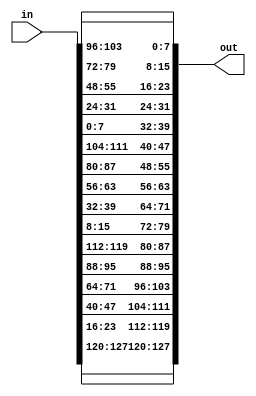
module invShiftRows(in,out);

input [127:0] in;
output [127:0] out;

assign   out[127:120] = in[127:120];  
assign   out[119:112] = in[23:16];
assign   out[111:104] = in[47:40];
assign   out[103:96] = in[71:64];
   
assign   out[95:88] = in[95:88];
assign   out[87:80] = in[119:112];
assign   out[79:72] = in[15:8];
assign   out[71:64] = in[39:32];
   
assign   out[63:56] = in[63:56];
assign   out[55:48] = in[87:80];
assign   out[47:40] = in[111:104];
assign   out[39:32] = in[7:0];
   
assign   out[31:24] = in[31:24];
assign   out[23:16] = in[55:48];
assign   out[15:8] = in[79:72];
assign   out[7:0] = in[103:96]; 

endmodule